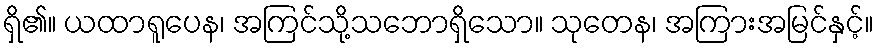
ရှိ၏။ ယထာရူပေန၊ အကြင်သို့သဘောရှိသော။ သုတေန၊ အကြားအမြင်နှင့်။